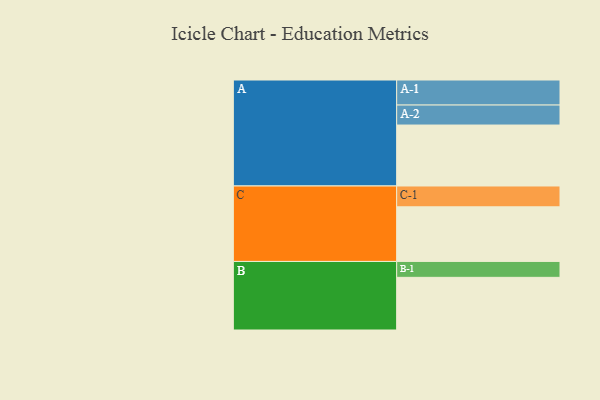
{"axis": {"x": "Segment", "y": "Value"}, "legend": ["", "A", "B", "C"], "data": [{"x": "A", "y": 521, "type": ""}, {"x": "B", "y": 450, "type": ""}, {"x": "C", "y": 467, "type": ""}, {"x": "A-1", "y": 214, "type": "A"}, {"x": "A-2", "y": 171, "type": "A"}, {"x": "B-1", "y": 136, "type": "B"}, {"x": "C-1", "y": 178, "type": "C"}]}